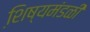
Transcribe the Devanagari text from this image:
शि़ष्यमंडळी